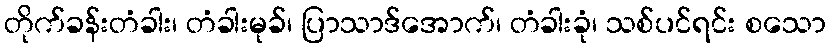
တိုက်ခန်းတံခါး၊ တံခါးမုခ်၊ ပြာသာဒ်အောက်၊ တံခါးခုံ၊ သစ်ပင်ရင်း စသော